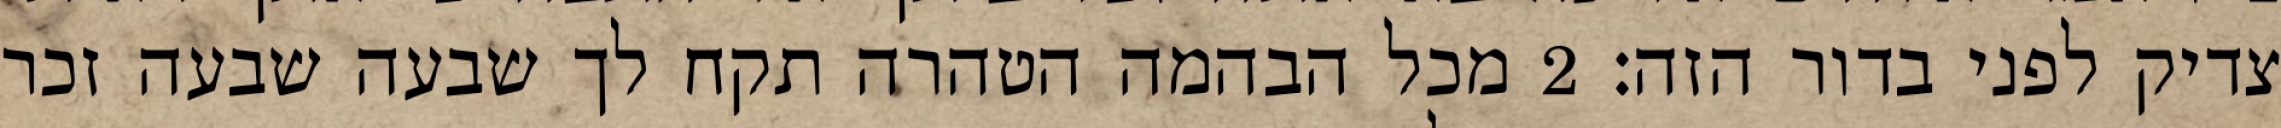
צדיק לפני בדור הזה׃ ‎2‏ מכל הבהמה הטהרה תקח לך שבעה שבעה זכר